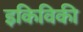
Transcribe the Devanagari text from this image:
इकिविकी